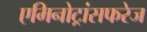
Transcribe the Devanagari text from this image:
एमिनोट्रांसफरेज